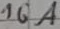
Text: 16A